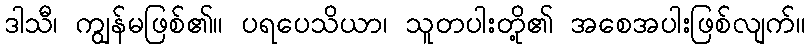
ဒါသီ၊ ကျွန်မဖြစ်၏။ ပရပေသိယာ၊ သူတပါးတို့၏ အစေအပါးဖြစ်လျက်။